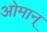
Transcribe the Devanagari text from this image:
ओमान्